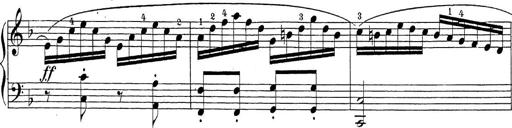
Title: Sonatina Album
Composer: Louis KÃ¶hler